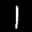
Label: 1